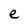
Character: e